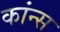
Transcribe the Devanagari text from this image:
कांन्स